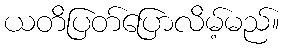
ယတိပြတ်ပြောလိမ့်မည်။